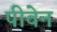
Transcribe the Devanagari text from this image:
पीवेन